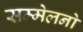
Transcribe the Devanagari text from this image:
सम्मेलनो